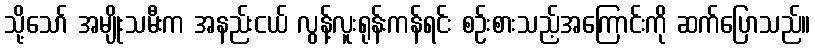
သို့သော် အမျိုးသမီးက အနည်းငယ် လွန့်လူးရုန်းကန်ရင်း စဉ်းစားသည့်အကြောင်းကို ဆက်ပြောသည်။